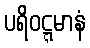
ပရိဝဋ္ဋမာနံ